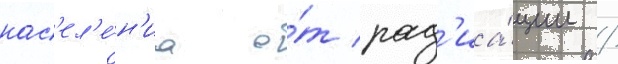
нас'ел'е́н'иа о́т рад'иа́ции /